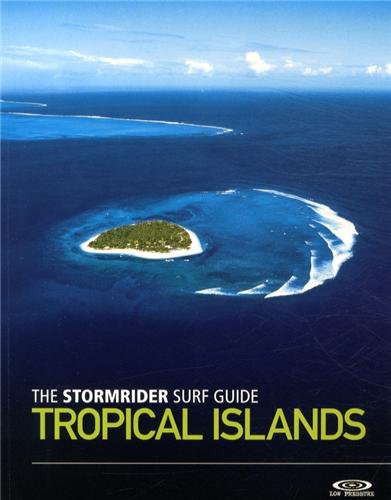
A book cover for The Stormrider Surf Guide: Tropical Islands (Stormrider Surf Guides); Bruce Sutherland; Sports & Outdoors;